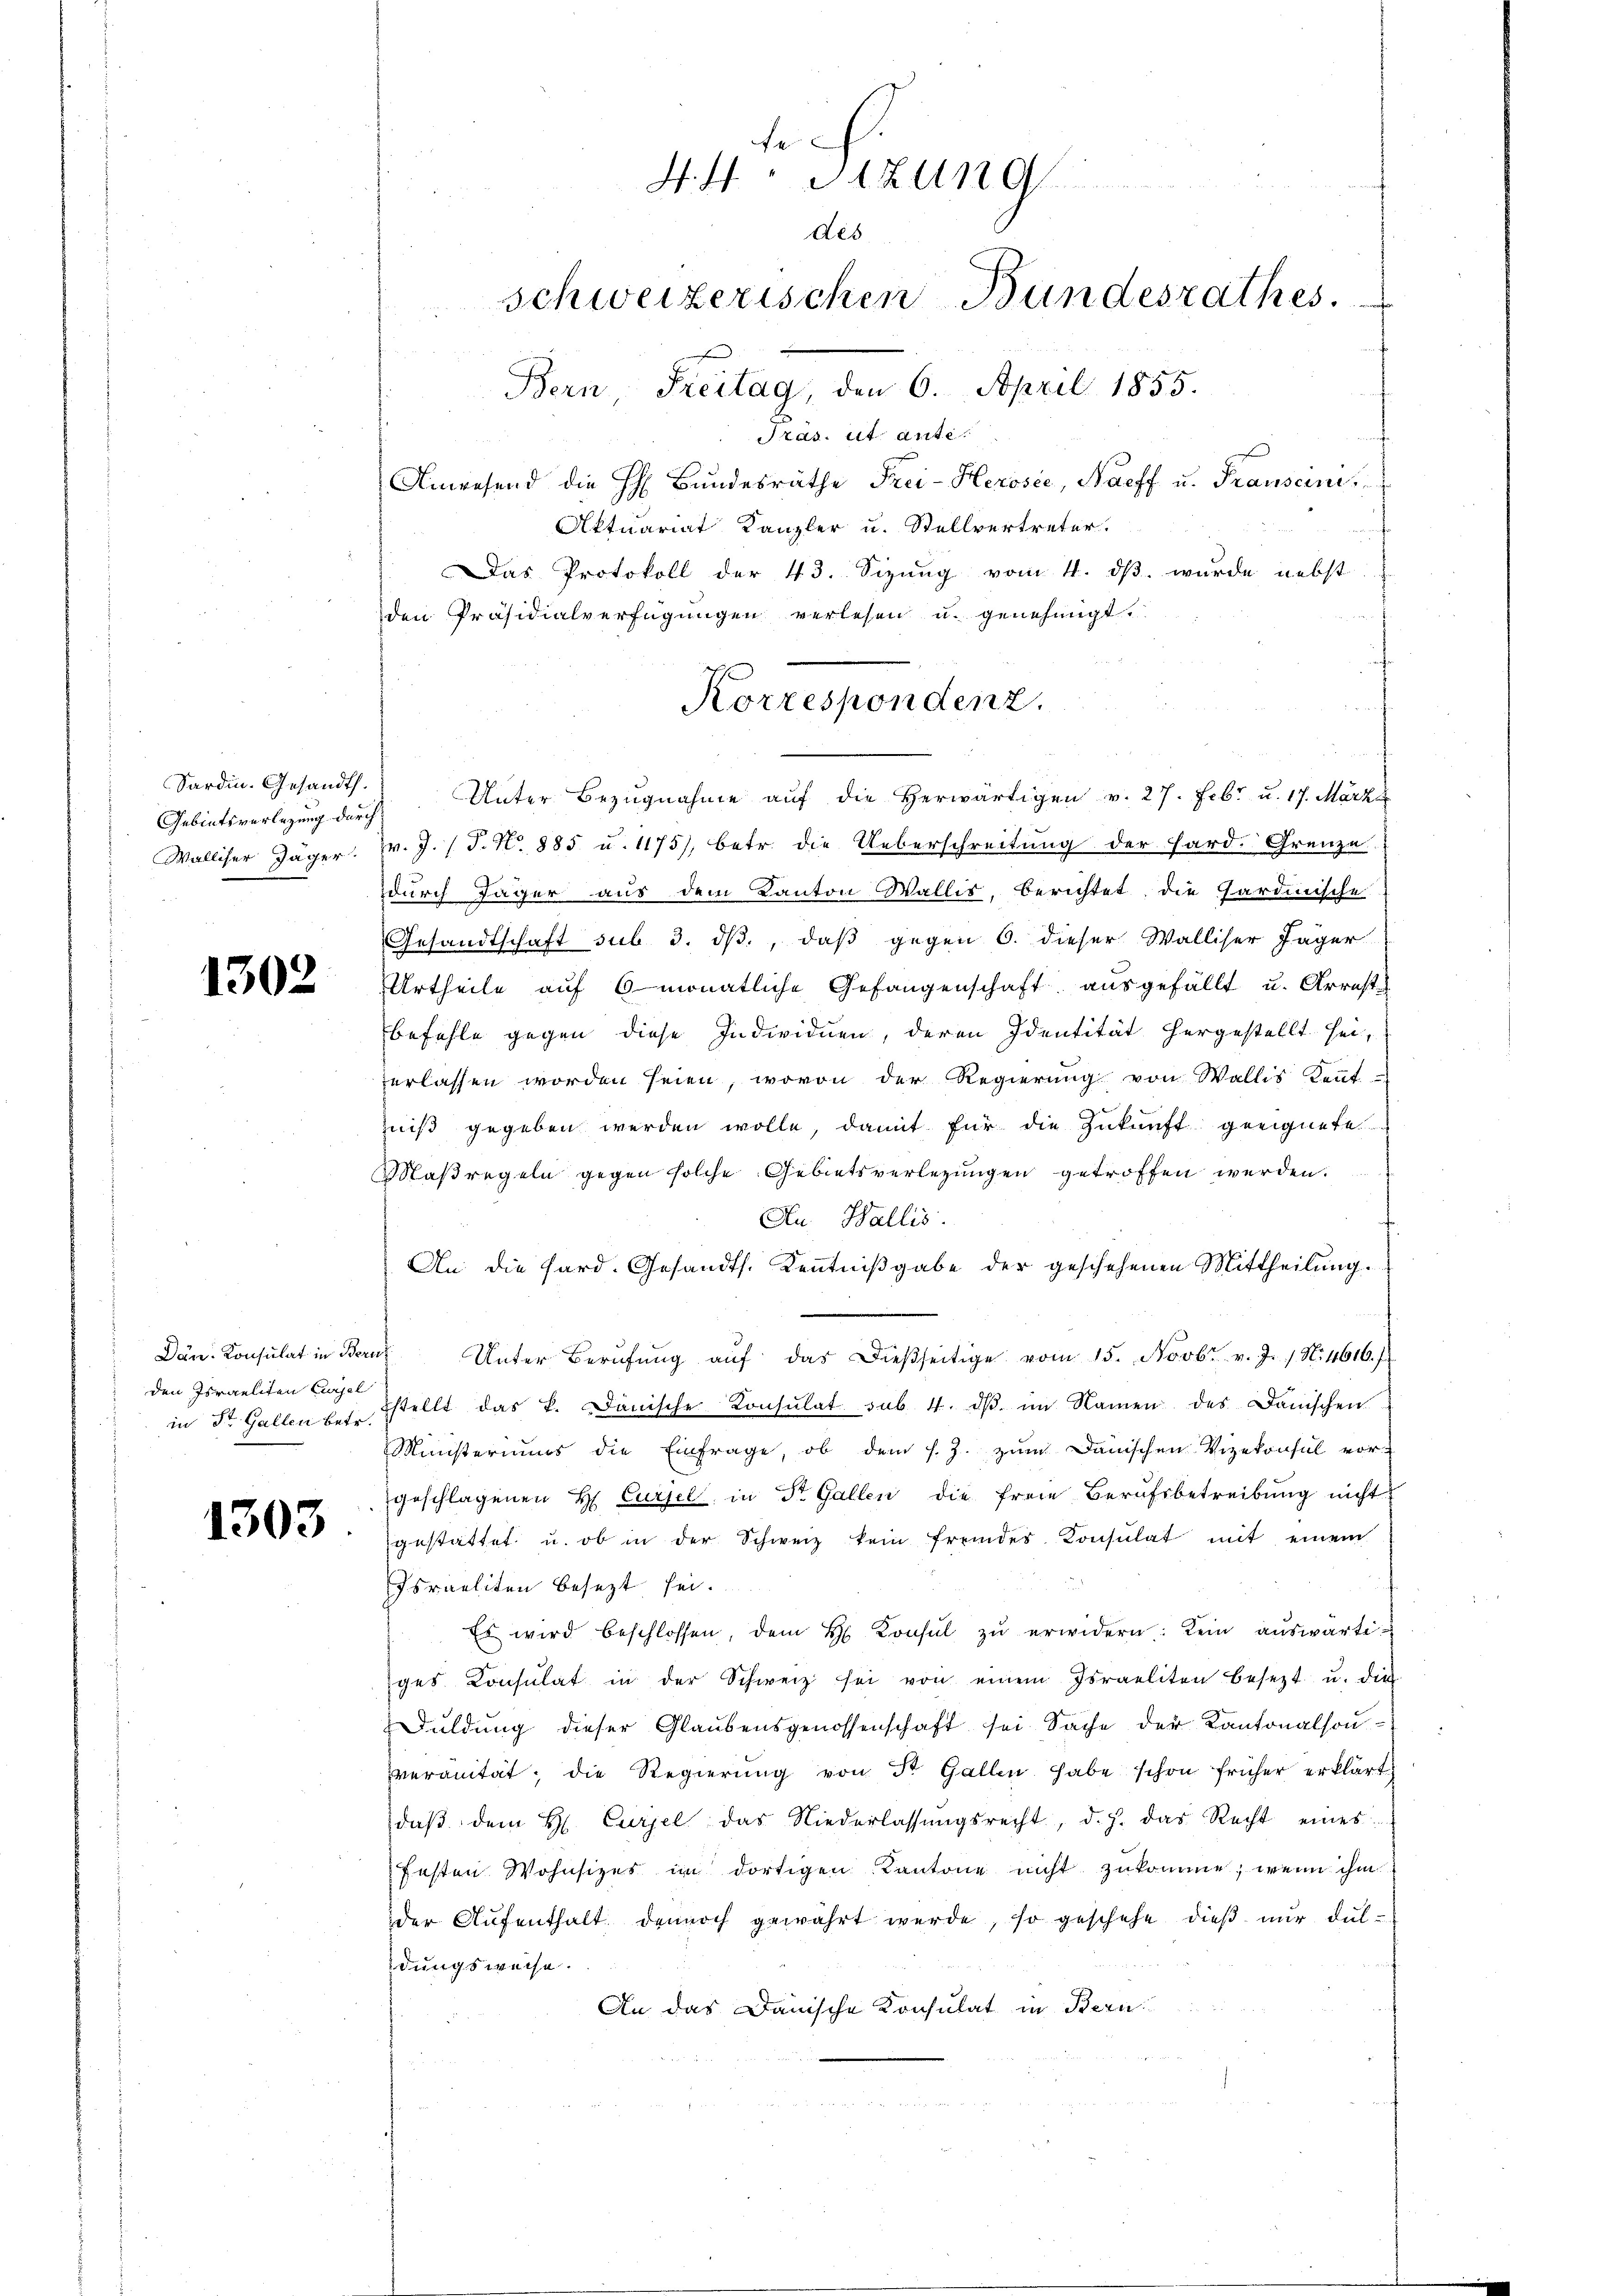
Sardin. Gesandth.
Gebietsverlegung durch
Walliser Jäger.

1302

Dän. Konsulat in Bern
den Israeliten Eurel
in Dr. Gallen betr.

1303

te
44. Sitzung
des
schweizerischen Bundesrathes.
Bern, Freitag, den 6. April 1855.

Präs. et ante.
Anwesend die H. Bŭndesräthe Frei-Herosie, Naeff u. Frausen,
Aktuariat Kanzler u. Stellvertreter.
Das Protokoll der 43. Sizung vom 4. ds. wurde nebst
den Präsidialverfügungen verlesen u. genehmigt.
 Unter Bezŭgnahme aŭf die herwärtigen v. 27. Febr. u. 17. März
r. J. (T. No. 885 u. 1175), betr. die Ueberschreitung der Hard. Grenze
durch Jäger aus dem Kanton Wallis, berichtet die Gardinische
Gesandtschaft sub. 3. dβ, daβ gegen 6. dieser Walliser Jäger
Urtheile auf 6 monatliche Gefangenschaft ausgefällt u. Arreste
befehle gegen diese Individuen, deren Identität hergestellt sei,
erlassen worden seien, wovon der Regierŭng von Wallis Kennt-
mniß gegeben werden wolle, damit für die Zukunft geeignete
Maßregeln gegen solche Gebietsverlegungen getroffen werden.
Au Wallis.
An die Sard. Gesandts. Kenntnißgabe der geschehenen Mittheilung.
u Unter Berŭfŭng aŭf das dieβseitige vom 15. Novbr. v. J. 1. No. 1616.
stellt das k. Dänische Konsulat sub. 4. dß im Namen des Danischen
Ministeriums die Einfrage, ob dem s. Z. zum Danischen Vizekonsul vorgeschlagenen H. Cursel, in St. Gallen die freie Berufsbetreibŭng nicht
gestattet u. ob in der Schweiz kein fremdes Konsulat mit einem
Israeliten besezt sei.
Es wird beschlossen, dem H. Konsul zŭ erwidern: Kein auswärtiges Consulat in der Schweiz sei von einem Israeliten besezt u. die
Duldung dieser Glaubensgenossenschaft sei Sache der Kantonalsonveranität, die Regierŭng von dr Gallen habe schon früher erklärt,
daβ dem H. Curpel das Niederlassŭngsrecht, d. J. das Recht eines
festen Wohnsizes im dortigen Kantone nicht zukomme, wenn ihm
der Aufenthalt dennoch gewährt werde, so geschehe dieß nur duldungsweise.
An das Danische Konsulat in Bern

Korrespondenz.